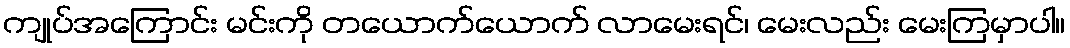
ကျုပ်အကြောင်း မင်းကို တယောက်ယောက် လာမေးရင်၊ မေးလည်း မေးကြမှာပါ။